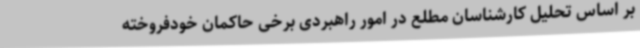
بر اساس تحلیل کارشناسان مطلع در امور راهبردی برخی حاکمان خودفروخته